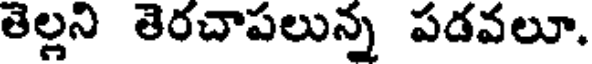
తెల్లని తెరచాపలున్న పడవలూ.